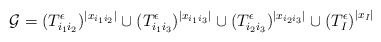
\begin{align*} {\mathcal{G}} = (T_{i_1i_2}^{\epsilon})^{|x_{i_1i_2}|} \cup (T_{i_1i_3}^{\epsilon})^{|x_{i_1i_3}|} \cup (T_{i_2i_3}^{\epsilon})^{|x_{i_2i_3}|} \cup {(T_I^{\epsilon})}^{|x_I|} \end{align*}